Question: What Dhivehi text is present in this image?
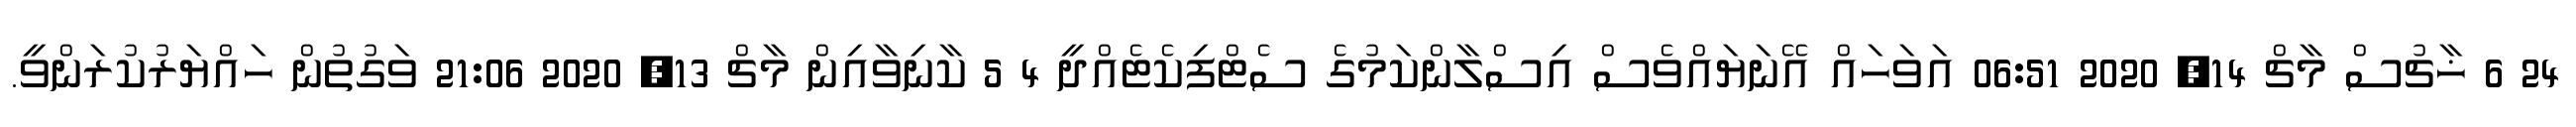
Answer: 24 6 ޚާޗުސް މާޗް 14, 2020 06:51 އަވަހައް އޭނަޔައްވެސް އިސްލާންކަމުގެ ސެޓްފިކެޓެއްދީ 4 5 ކާނިވާއިން މާޗް 13, 2020 21:06 ވަގުތުން ހައްޔަރުކުރަންވީ.